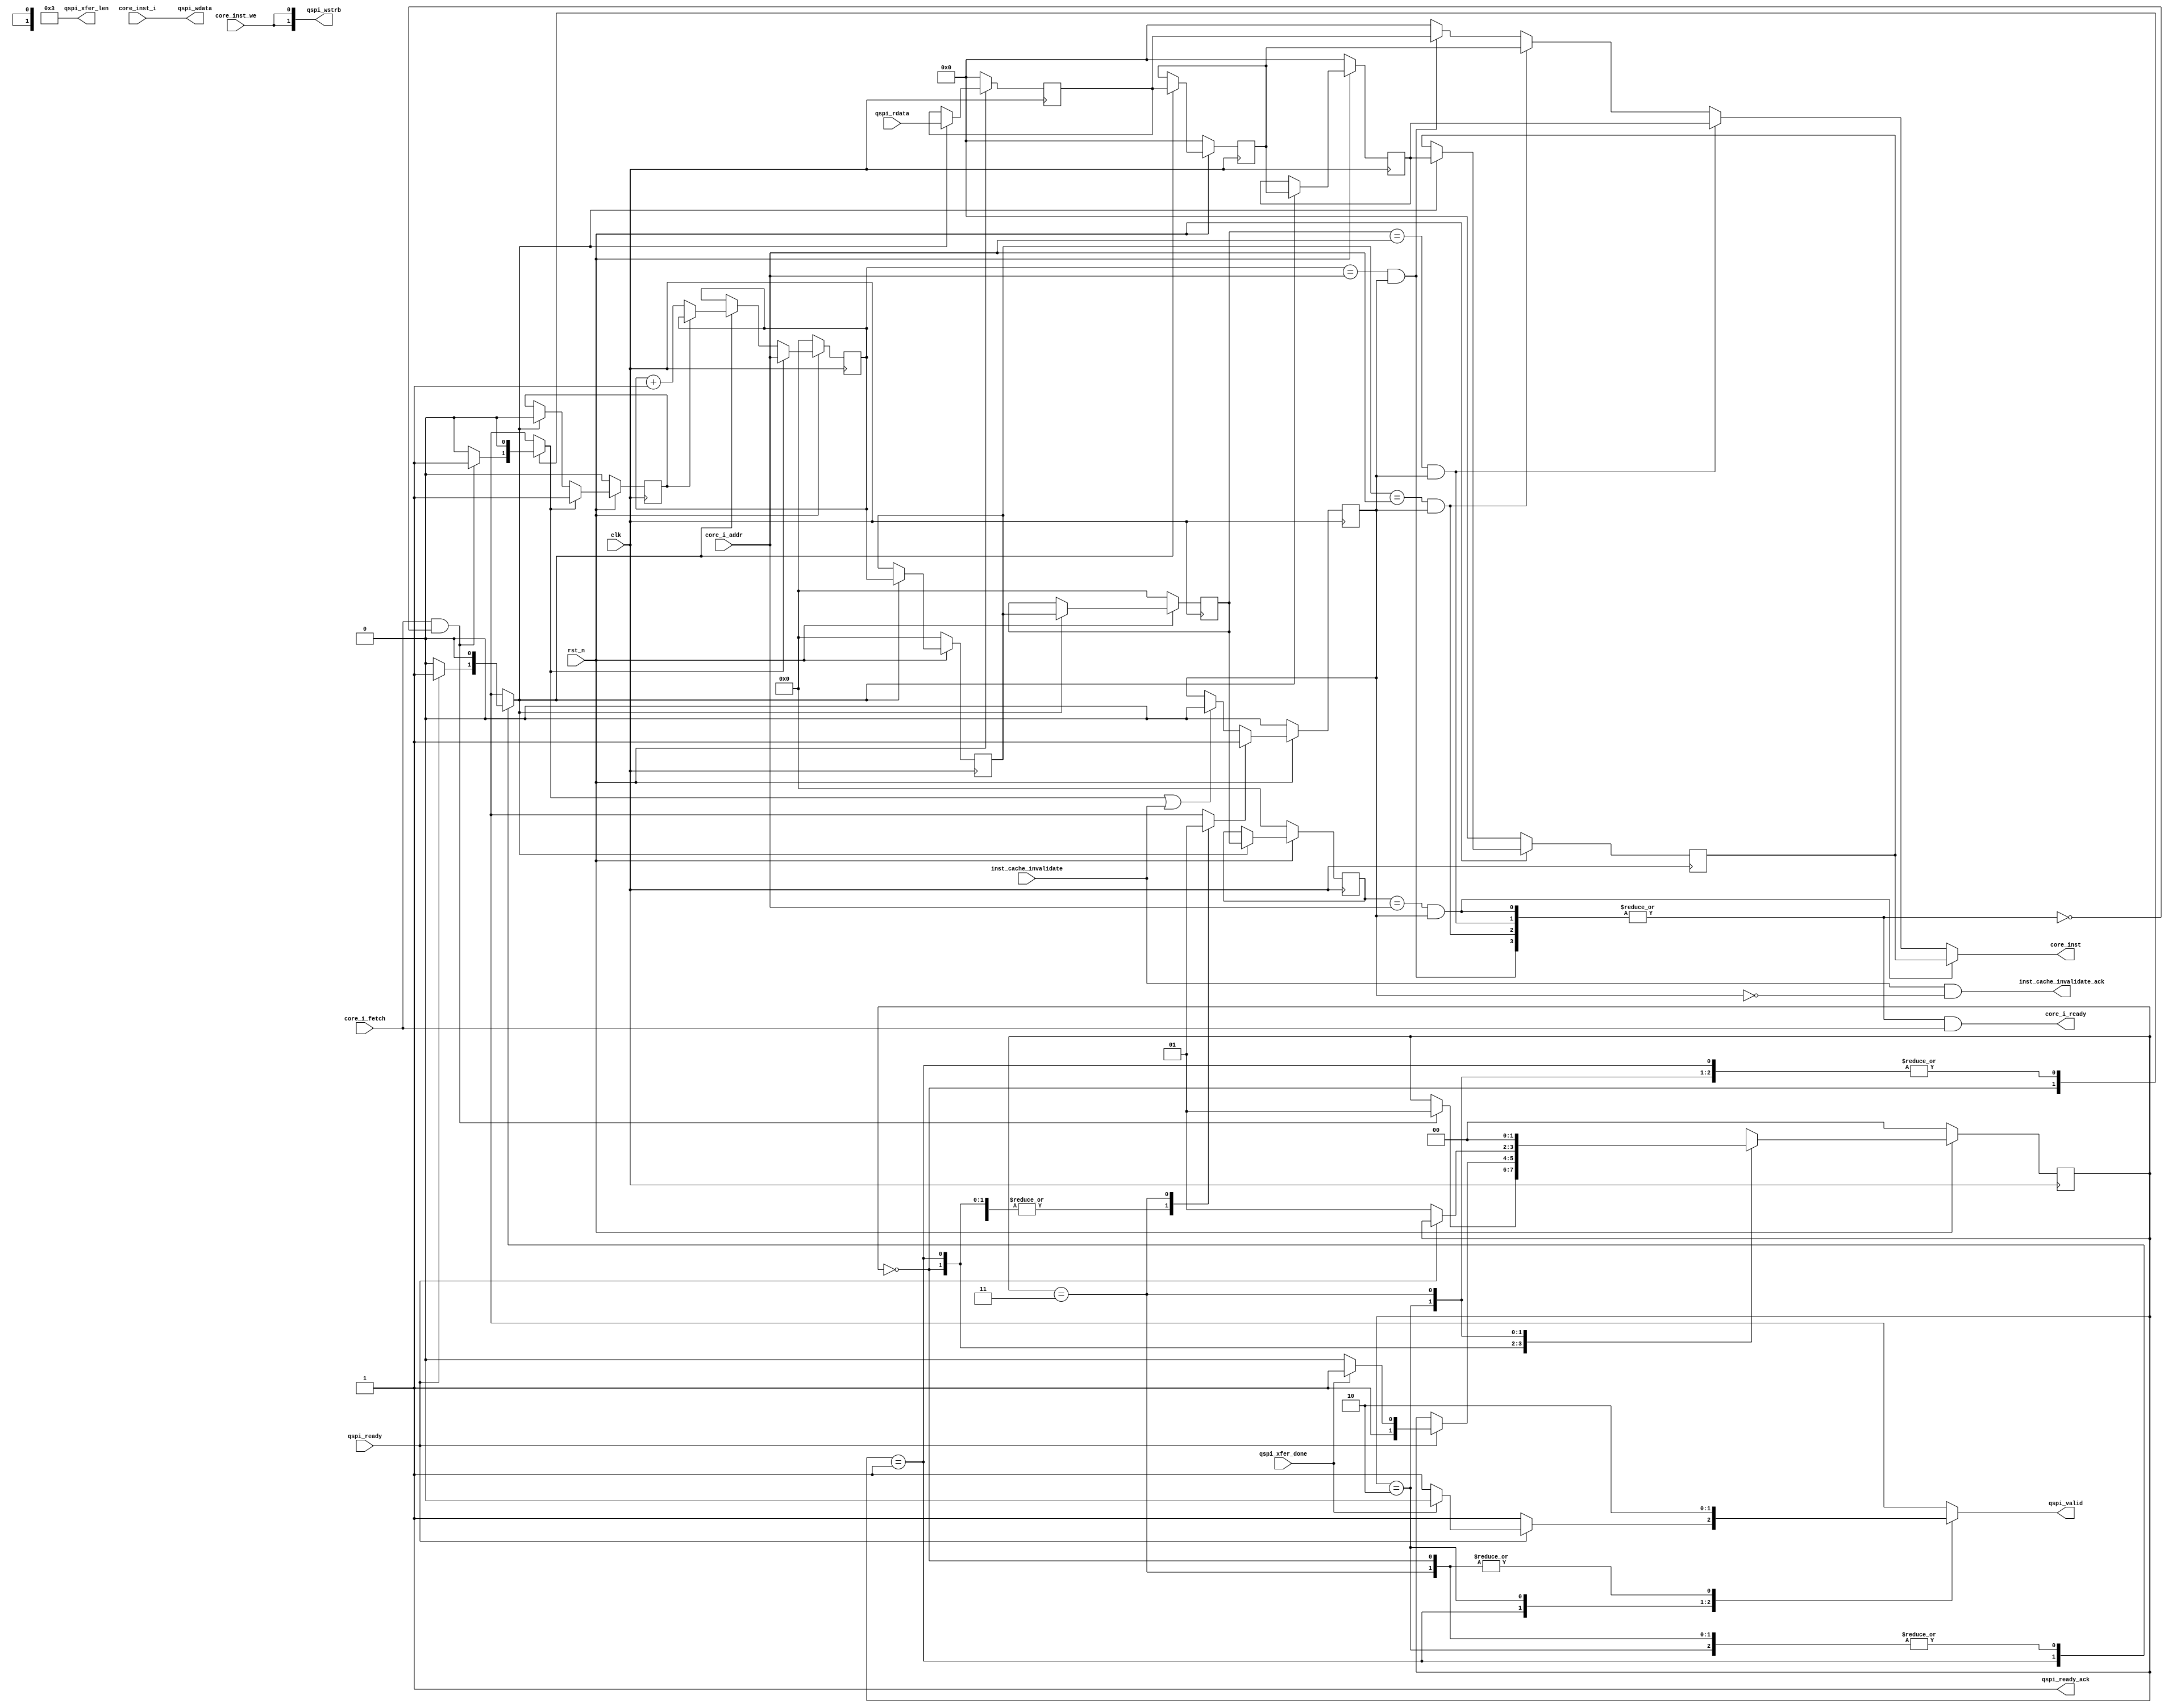
// This program was cloned from: https://github.com/kdp1965/tt06-um-lisa
// License: Apache License 2.0

/*
==============================================================================
inst_cache.v:  A simple 4-entry instruction cache for the LISA core.

Copyright 2024 by Ken Pettit <pettitkd@gmail.com>

Redistribution and use in source and binary forms, with or without
modification, are permitted provided that the following conditions
are met:
1. Redistributions of source code must retain the above copyright
   notice, this list of conditions and the following disclaimer.
2. Redistributions in binary form must reproduce the above copyright
   notice, this list of conditions and the following disclaimer in the
   documentation and/or other materials provided with the distribution.

THIS SOFTWARE IS PROVIDED BY THE AUTHOR AND CONTRIBUTORS ``AS IS'' AND
ANY EXPRESS OR IMPLIED WARRANTIES, INCLUDING, BUT NOT LIMITED TO, THE
IMPLIED WARRANTIES OF MERCHANTABILITY AND FITNESS FOR A PARTICULAR PURPOSE
ARE DISCLAIMED.  IN NO EVENT SHALL THE AUTHOR OR CONTRIBUTORS BE LIABLE
FOR ANY DIRECT, INDIRECT, INCIDENTAL, SPECIAL, EXEMPLARY, OR CONSEQUENTIAL
DAMAGES (INCLUDING, BUT NOT LIMITED TO, PROCUREMENT OF SUBSTITUTE GOODS
OR SERVICES; LOSS OF USE, DATA, OR PROFITS; OR BUSINESS INTERRUPTION)
HOWEVER CAUSED AND ON ANY THEORY OF LIABILITY, WHETHER IN CONTRACT, STRICT
LIABILITY, OR TORT (INCLUDING NEGLIGENCE OR OTHERWISE) ARISING IN ANY WAY
OUT OF THE USE OF THIS SOFTWARE, EVEN IF ADVISED OF THE POSSIBILITY OF
SUCH DAMAGE.

Due to size limitations in Tiny Tapeout, this is a super simple
4-entry CACHE.  Any time a CACHE miss occurs, we fetch the requested
instruction from SPI / QSPI, plus the 3 instructions that follow it with
the idea being that code as large sections of non-jumps / non-branchs and
we save SPI/QSPI overhead of sending command + address.
==============================================================================
*/

module inst_cache
(
   input  wire          clk,
   input  wire          rst_n,

   // The instruction bus
   input  wire [14:0]   core_i_addr,
   output reg  [15:0]   core_inst,
   input  wire [15:0]   core_inst_i,      // For writing to the SRAM / FLASH
   input  wire          core_inst_we,     // Write enable
   input  wire          core_i_fetch,
   output wire          core_i_ready,

   // Interface to the QSPI controller
   input  wire [15:0]   qspi_rdata,          // Read data
   output wire [15:0]   qspi_wdata,          // Data to write
   output wire [1:0]    qspi_wstrb,          // Which bytes in the 32-bits to write
   input  wire          qspi_ready,          // Next 32-bit value is ready
   output reg           qspi_ready_ack,      // ACK that next write data ready
   input  wire          qspi_xfer_done,      // Total xfer_len transfer is done
   output reg           qspi_valid,          // Indicates a valid request 
   output wire [3:0]    qspi_xfer_len,       // Number of 32-bit words to transfer
   input  wire          inst_cache_invalidate,
   output wire          inst_cache_invalidate_ack
);
   
   localparam [1:0] ST_IDLE               = 2'd0;
   localparam [1:0] ST_LOAD               = 2'd1;
   localparam [1:0] ST_LOAD_NEXT          = 2'd2;
   localparam [1:0] ST_LOAD_DONE          = 2'd3;

   // ==========================================================================
   // CACHE line addresses and controls
   // ==========================================================================
   reg   [14:0]         cl_addr0;            // CACHE Line address 0 (Low RAM)
   reg   [14:0]         cl_addr1;            // CACHE Line address 1
   reg   [14:0]         cl_addr2;            // CACHE Line address 2
   reg   [14:0]         cl_addr3;            // CACHE Line address 3 (The stack)
   reg   [15:0]         cl_inst0;            // CACHE Line address 0 (Low RAM)
   reg   [15:0]         cl_inst1;            // CACHE Line address 1
   reg   [15:0]         cl_inst2;            // CACHE Line address 2
   reg   [15:0]         cl_inst3;            // CACHE Line address 3 (The stack)
   reg                  cl_valid;            // CACHE Line valid bits
   reg                  cl_set_valid;        // Flag to set cache line valid
   reg                  cl_clear_valid;      // Flag to clear cache line valid
   wire  [3:0]          cl_hit;              // Address match per CACHE line
   wire  [3:0]          cl_addr;             // Address match per CACHE line
   wire                 cache_hit;           // True when we have a CACHE hit
   wire                 cache_valid;

   // ==========================================================================
   // Save/Load state machine signals
   // ==========================================================================
   reg                  cl_update;           // Goes TRUE to save new CACHE line address
   reg                  load_addr3;
   reg                  addr3_loaded;
   reg   [1:0]          state;
   reg   [1:0]          state_next;

   // ==========================================================================
   // Test for inst hit
   // ==========================================================================
   assign cl_addr[0]   = cl_addr0 == core_i_addr;
   assign cl_addr[1]   = cl_addr1 == core_i_addr;
   assign cl_addr[2]   = cl_addr2 == core_i_addr;
   assign cl_addr[3]   = cl_addr3 == core_i_addr;
   assign cl_hit[0]    = cl_addr[0] && cl_valid;
   assign cl_hit[1]    = cl_addr[1] && cl_valid;
   assign cl_hit[2]    = cl_addr[2] && cl_valid;
   assign cl_hit[3]    = cl_addr[3] && cl_valid;
   assign cache_hit    = |cl_hit;
   assign cache_valid  = cache_hit & core_i_fetch;
   
   // ==========================================================================
   // Assign RAM signals
   // ==========================================================================
   // We always transfer 4 16-bit instructions
   assign qspi_xfer_len   = 4'h3;
   assign qspi_wstrb      = { core_inst_we, core_inst_we };
   assign qspi_wdata      = core_inst_i;

   // ==========================================================================
   // Assign the instruction output and ready signals
   // ==========================================================================
   always @*
   begin
      core_inst = 16'h0;
      case (1'b1)
         cl_hit[0]:  core_inst = cl_inst0;
         cl_hit[1]:  core_inst = cl_inst1;
         cl_hit[2]:  core_inst = cl_inst2;
         cl_hit[3]:  core_inst = cl_inst3;
         default:    core_inst = 16'h0;
      endcase
   end
   assign core_i_ready = cache_valid;

   assign inst_cache_invalidate_ack = inst_cache_invalidate & !cl_valid;

   // ==========================================================================
   // Generate valid and dirty bits
   // ==========================================================================
   always @(posedge clk)
   begin
      if (~rst_n)
      begin
         cl_valid <= 1'b0;
         cl_addr0 <= 15'h0;
         cl_addr1 <= 15'h0;
         cl_addr2 <= 15'h0;
         cl_addr3 <= 15'h0;
         cl_inst0 <= 16'h0;
         cl_inst1 <= 16'h0;
         cl_inst2 <= 16'h0;
         cl_inst3 <= 16'h0;
         addr3_loaded <= 1'b0;
      end
      else
      begin
         // Implement the cl_valid signals
         if (cl_set_valid)
            cl_valid <= 1'b1;
         else if (cl_clear_valid || inst_cache_invalidate)
            cl_valid <= 1'b0;

         // Implement the cl_addr updates
         if (cl_update)
         begin
            cl_addr0 <= cl_addr1;
            cl_addr1 <= cl_addr2;
            cl_addr2 <= cl_addr3;

            cl_inst0 <= cl_inst1;
            cl_inst1 <= cl_inst2;
            cl_inst2 <= cl_inst3;
            cl_inst3 <= qspi_rdata;
         end

         // We implment cl_addr3 a bit differently because it is also
         // a counter.
         if (load_addr3)
         begin
            cl_addr3 <= core_i_addr;
            addr3_loaded <= 1'b1;
         end
         else if (cl_update)
         begin
            if (!addr3_loaded)
               cl_addr3 <= cl_addr3 + 15'h1;
            addr3_loaded <= 1'b0;
         end
      end
   end

   // ==========================================================================
   // State machine to control loading / saving RAM32 when no cache hit
   // ==========================================================================
   always @(posedge clk)
   begin
      if (~rst_n)
         state       <= ST_IDLE;
      else
         state       <= state_next;
   end

   always @*
   begin
      state_next       = state;
      load_addr3       = 1'b0;
      cl_update        = 1'b0;
      qspi_valid       = 1'b0;
      qspi_ready_ack   = 1'b1;
      cl_clear_valid   = 1'b0;
      cl_set_valid     = 1'b0;

      case (state)
         ST_IDLE:
            begin
               // Monitor for inst fetch request with cache miss
               if (core_i_fetch && !cache_hit)
               begin
                  state_next = ST_LOAD;

                  // Mark current cache as not valid
                  cl_clear_valid = 1'b1;

                  // Update the CACHE line address
                  load_addr3 = 1'b1;
               end
            end

         // Here we initialize the CACHE line load operation
         ST_LOAD:
            begin
               // Wait for qspi_ready
               if (qspi_ready)
               begin
                  // Write QSPI data to the inst array
                  cl_update = 1'b1;

                  // Test if the transfer is complete
                  if (!qspi_xfer_done)
                  begin
                     // Increment to the next address and to 
                     // to state to ACK and read RAM
                     state_next = ST_LOAD_NEXT;
                     qspi_valid = 1'b1;
                  end
                  else
                  begin
                     state_next = ST_LOAD_DONE;
                  end
               end
               else
                  qspi_valid = 1'b1;
            end

         ST_LOAD_NEXT:
            begin
               qspi_valid = 1'b1;

               // Wait for qspi_ready to go low then go read next inst word
               if (qspi_ready == 1'b0)
                  state_next = ST_LOAD;
            end

         ST_LOAD_DONE:
            begin
               // Transfer is complete. Mark the CACHE as valid.
               cl_set_valid = 1'b1;
               state_next = ST_IDLE;
            end

         default:
            state_next = ST_IDLE;
      endcase
   end

endmodule